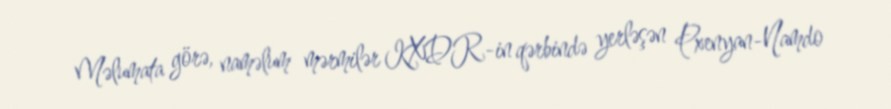
Məlumata görə, naməlum mərmilər KXDR-in qərbində yerləşən Pxenyan-Namdo